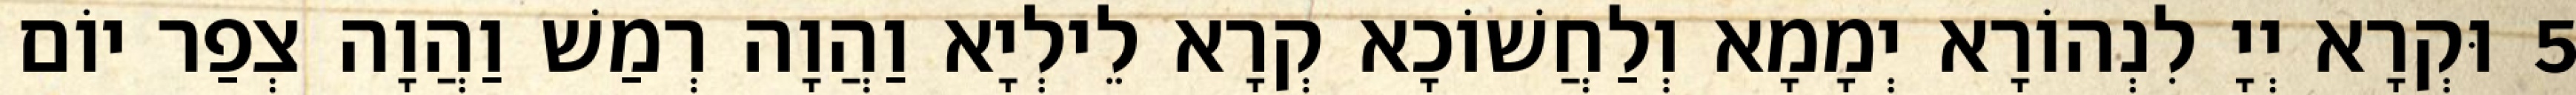
5 וּקְרָא יְיָ לִנְהוֹרָא יְמָמָא וְלַחֲשׁוֹכָא קְרָא לֵילְיָא וַהֲוָה רְמַשׁ וַהֲוָה צְפַר יוֹם